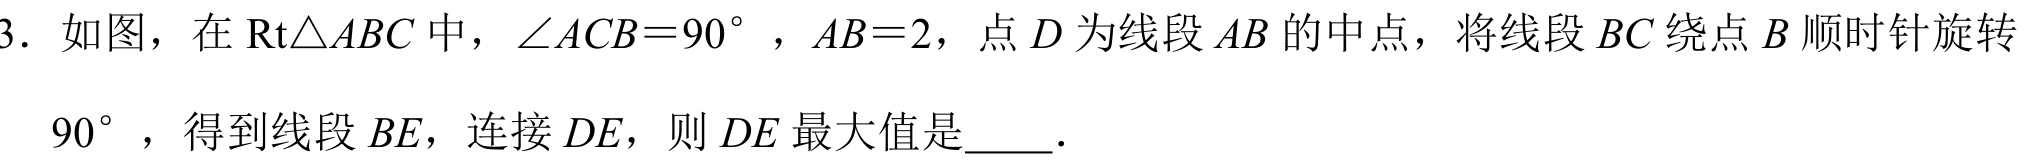
3. 如图，在\(\text{Rt}\triangle ABC\) 中，\(\angle ACB = 90^{\circ}\)，\(AB = 2\)，点 \(D\) 为线段 \(AB\) 的中点，将线段 \(BC\) 绕点 \(B\) 顺时针旋转
\(90^{\circ}\)，得到线段 \(BE\)，连接 \(DE\)，则 \(DE\) 最大值是_____.